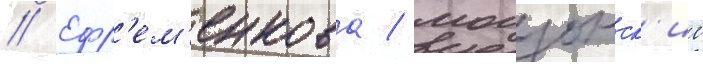
// Ефр'ем'енкова / могзонск'ие